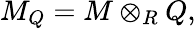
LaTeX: M_{Q}=M\otimes_{R}Q,